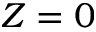
Z = 0